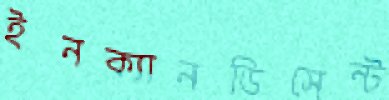
ইনক্যানডিসেন্ট